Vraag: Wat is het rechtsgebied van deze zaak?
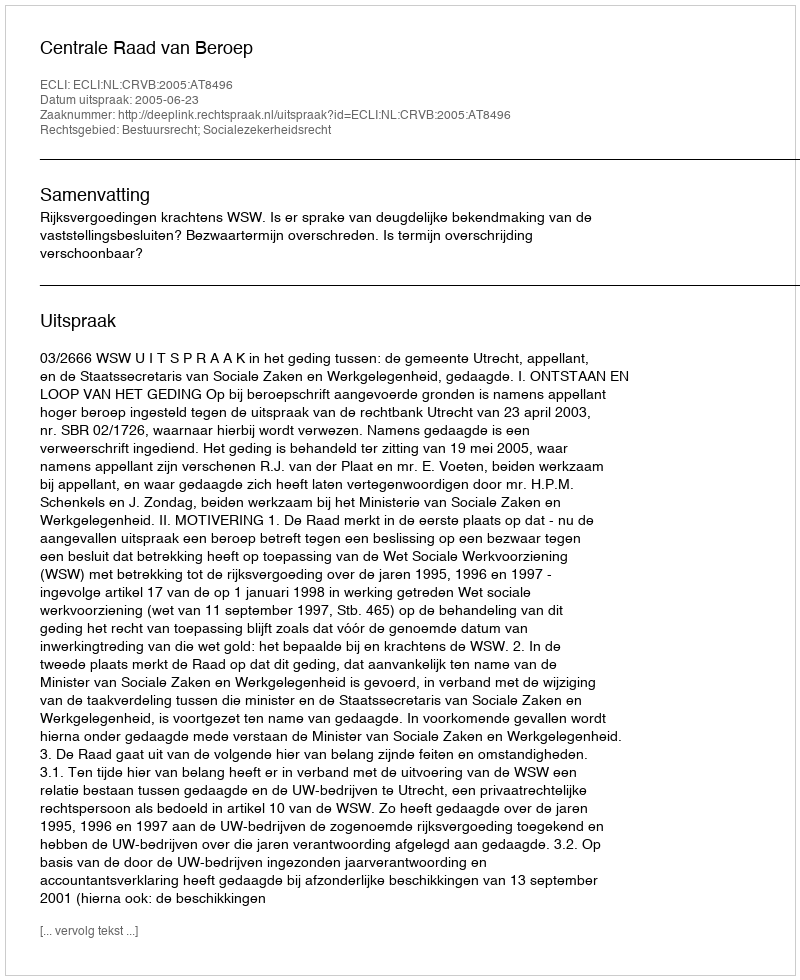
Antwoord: Bestuursrecht; Socialezekerheidsrecht